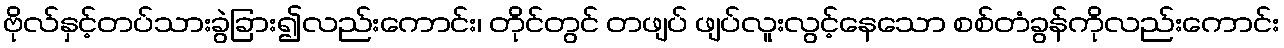
ဗိုလ်နှင့်တပ်သားခွဲခြား၍လည်းကောင်း၊ တိုင်တွင် တဖျပ် ဖျပ်လူးလွင့်နေသော စစ်တံခွန်ကိုလည်းကောင်း